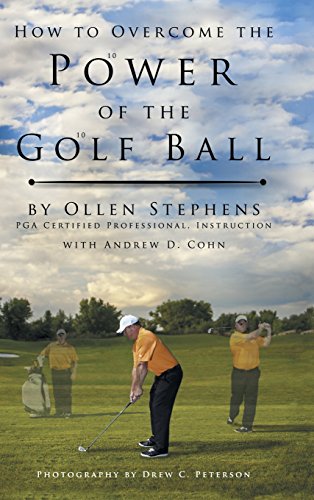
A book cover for How to Overcome the Power of the Golf Ball; Ollen Stephens; Sports & Outdoors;